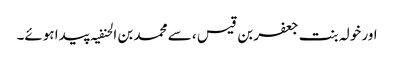
اور خولہ بنت جعفر بن قیس ، سے محمد بن الحنفیہ پیدا ہوئے۔